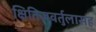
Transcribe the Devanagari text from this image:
क्षितिजवर्तुलासह